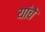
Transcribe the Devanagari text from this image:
यांंचे